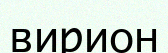
вирион